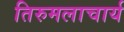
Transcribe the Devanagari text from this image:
तिरुमलाचार्य